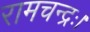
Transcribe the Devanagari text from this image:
रामचन्द्रः।